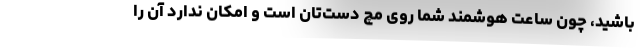
باشید، چون ساعت هوشمند شما روی مچ دست‌تان است و امکان ندارد آن را